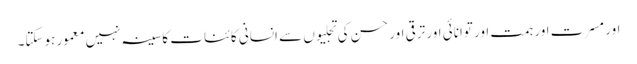
اور مسرت اور ہمت اور توانائی اور ترقی اور حسن کی تجلیوں سے انسانی کائنات کا سینہ نہیں معمور ہوسکتا۔